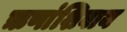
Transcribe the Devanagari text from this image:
ऋणांशिवाय